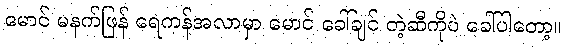
မောင် မနက်ဖြန် ရေကန်အလာမှာ မောင် ခေါ်ချင် တဲ့ဆီကိုပဲ ခေါ်ပါတော့။